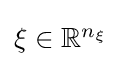
{\textstyle \xi \in \mathbb {R} ^{n_{\xi }}}